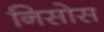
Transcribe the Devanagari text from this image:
निसोस